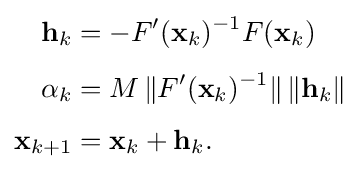
{\begin{alignedat}{2}\mathbf {h} _{k}&=-F'(\mathbf {x} _{k})^{-1}F(\mathbf {x} _{k})\\[0.4em]\alpha _{k}&=M\,\|F'(\mathbf {x} _{k})^{-1}\|\,\|\mathbf {h} _{k}\|\\[0.4em]\mathbf {x} _{k+1}&=\mathbf {x} _{k}+\mathbf {h} _{k}.\end{alignedat}}